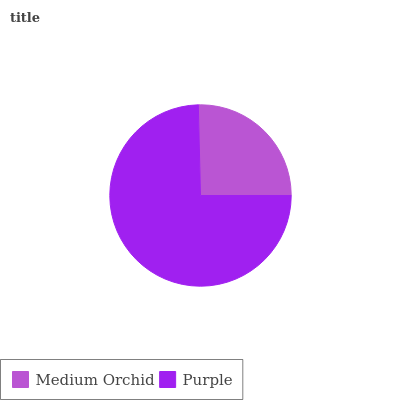
| Medium Orchid | Purple |
 | --- | --- |
 | 25.3% | 74.7% |